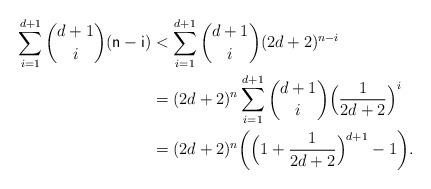
LaTeX: \begin{align*} \sum_{i=1}^{d+1} \binom{d+1}{i} \sf(n-i) &< \sum_{i=1}^{d+1} \binom{d+1}{i} (2d+2)^{n-i} \\ &= (2d+2)^n \sum_{i=1}^{d+1} \binom{d+1}{i} \Big(\frac{1}{2d+2}\Big)^i \\ &= (2d+2)^n \bigg(\Big(1 + \frac{1}{2d+2}\Big)^{d+1} - 1\bigg).\end{align*}